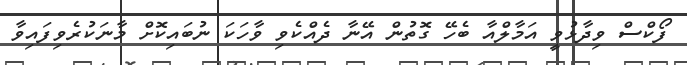
ފޯކްސް ވިދާޅުވީ އަމާލްއާ ބެހޭ ގޮތުން އޭނާ ދެއްކެވި ވާހަކަ ނުބައިކޮށް މާނަކުރެވިފައިވާ